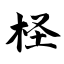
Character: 柽